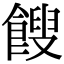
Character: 餿